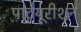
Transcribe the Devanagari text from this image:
पार्टयूरीशन